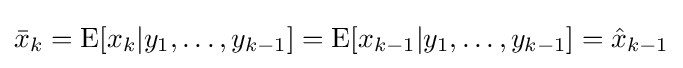
{\bar {x}}_{k}=\mathrm {E} [x_{k}|y_{1},\ldots ,y_{k-1}]=\mathrm {E} [x_{k-1}|y_{1},\ldots ,y_{k-1}]={\hat {x}}_{k-1}